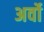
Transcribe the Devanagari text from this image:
अर्वो